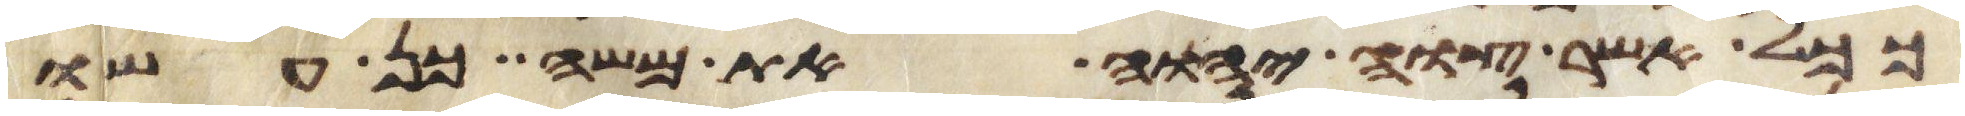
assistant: ככל אשר צוה יהוה את משה כן עשו